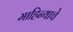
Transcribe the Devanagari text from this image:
माहिन्याचे